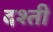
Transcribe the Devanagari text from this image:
दश्ती